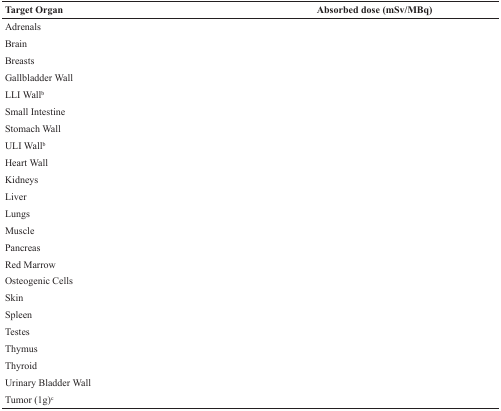
<table><thead><tr><td><b>Target Organ</b></td><td><b>Absorbed dose (mSv/MBq)</b></td></tr></thead><tbody><tr><td>Adrenals</td><td>[EMPTY_CELL]</td></tr><tr><td>Brain</td><td>[EMPTY_CELL]</td></tr><tr><td>Breasts</td><td>[EMPTY_CELL]</td></tr><tr><td>Gallbladder Wall</td><td>[EMPTY_CELL]</td></tr><tr><td>LLI Wall<sup>b</sup></td><td>[EMPTY_CELL]</td></tr><tr><td>Small Intestine</td><td>[EMPTY_CELL]</td></tr><tr><td>Stomach Wall</td><td>[EMPTY_CELL]</td></tr><tr><td>ULI Wall<sup>b</sup></td><td>[EMPTY_CELL]</td></tr><tr><td>Heart Wall</td><td>[EMPTY_CELL]</td></tr><tr><td>Kidneys</td><td>[EMPTY_CELL]</td></tr><tr><td>Liver</td><td>[EMPTY_CELL]</td></tr><tr><td>Lungs</td><td>[EMPTY_CELL]</td></tr><tr><td>Muscle</td><td>[EMPTY_CELL]</td></tr><tr><td>Pancreas</td><td>[EMPTY_CELL]</td></tr><tr><td>Red Marrow</td><td>[EMPTY_CELL]</td></tr><tr><td>Osteogenic Cells</td><td>[EMPTY_CELL]</td></tr><tr><td>Skin</td><td>[EMPTY_CELL]</td></tr><tr><td>Spleen</td><td>[EMPTY_CELL]</td></tr><tr><td>Testes</td><td>[EMPTY_CELL]</td></tr><tr><td>Thymus</td><td>[EMPTY_CELL]</td></tr><tr><td>Thyroid</td><td>[EMPTY_CELL]</td></tr><tr><td>Urinary Bladder Wall</td><td>[EMPTY_CELL]</td></tr><tr><td>Tumor (1g)<sup>c</sup></td><td>[EMPTY_CELL]</td></tr></tbody></table>